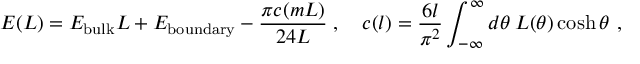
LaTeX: E ( L ) = E _ { \mathrm { b u l k } } L + E _ { \mathrm { b o u n d a r y } } - \frac { \pi c ( m L ) } { 2 4 L } \; , \quad c ( l ) = \frac { 6 l } { \pi ^ { 2 } } \int _ { - \infty } ^ { \infty } d \theta \: L ( \theta ) \cosh \theta \ ,